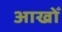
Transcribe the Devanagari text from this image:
आखोँ